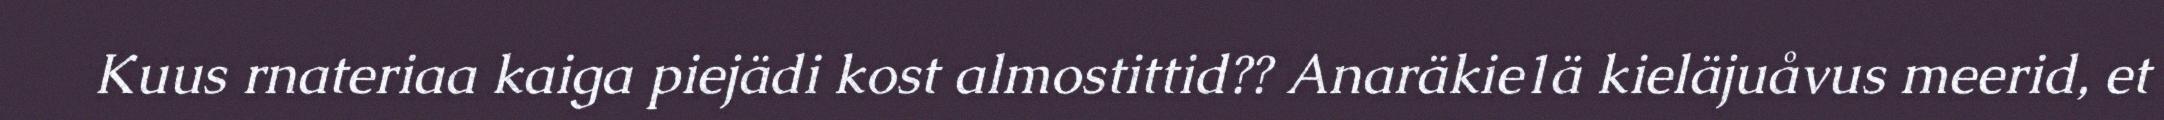
Kuus rnateriaa kaiga piejädi kost almostittid?? Anaräkie1ä kieläjuåvus meerid, et